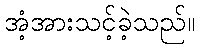
အံ့အားသင့်ခဲ့သည်။